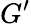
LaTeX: G^{\prime}